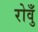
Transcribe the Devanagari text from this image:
रोवुँ